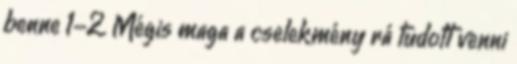
benne 1-2. Mégis maga a cselekmény rá tudott venni